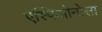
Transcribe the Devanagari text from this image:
एस्पिओनोसा